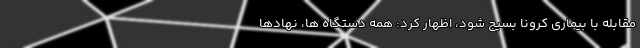
مقابله با بیماری کرونا بسیج شود، اظهار کرد: همه دستگاه ها، نهادها